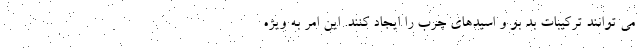
می توانند ترکیبات بد بو و اسیدهای چرب را ایجاد کنند. این امر به ویژه